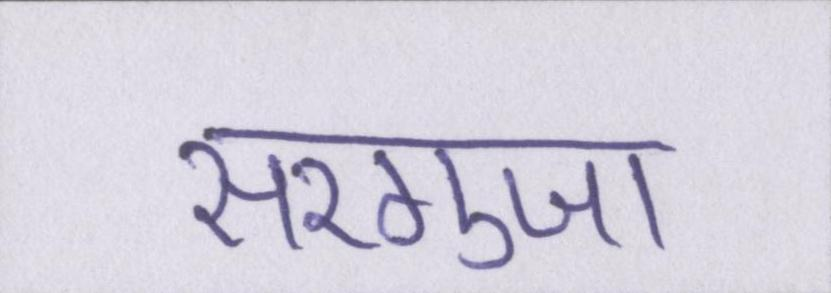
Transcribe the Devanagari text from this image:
सरगुजा